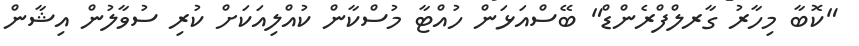
"ކޮބާ މިހާރު ގާރލްފްރެންޑް" ބޭސްއަޅަން ހުއްޓާ މުސްކާން ކުއްލިއަކަށް ކުރި ސުވާލުން އިޝާން